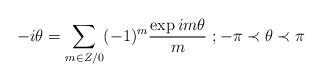
LaTeX: \begin{align*}-i\theta =\sum_{m\in Z/0}(-1)^{m}\frac{\exp im\theta }{m}\textrm{ };-\pi \prec\theta \prec \pi\end{align*}